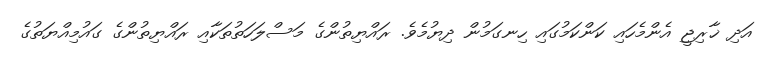
އަދި ޚާރިޖީ އެންމެހައި ކަންކަމުގައި ހިނގަމުން ދިޔުމެވެ. ރައްޔިތުންގެ މަސްލަހަތުތަކާއި ރައްޔިތުންގެ ގައުމިއްޔަތުގެ